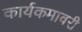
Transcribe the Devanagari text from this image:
कार्यकमावरी